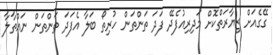
ގޭގެއަށް ޒިޔާރަތްކޮށް މަދިރިއުފެދޭ ފަދަ ތަންތަން ހުރިތޯ ބަލާ އެފަދަ ތަންތަން ނައްތާލާ